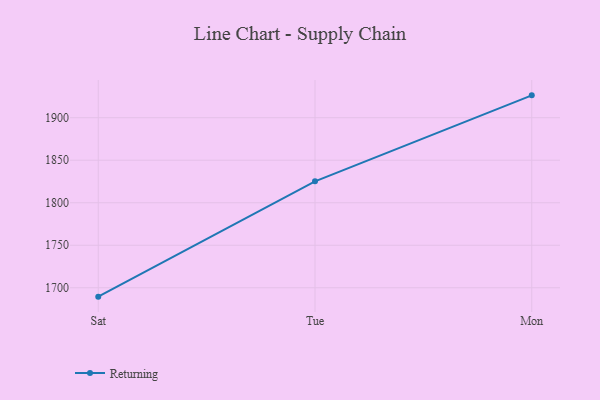
{"axis": {"x": "Day", "y": "Production Output"}, "legend": ["Returning"], "data": [{"x": "Sat", "y": 1689.5, "type": "Returning"}, {"x": "Tue", "y": 1825.2, "type": "Returning"}, {"x": "Mon", "y": 1926.3, "type": "Returning"}]}